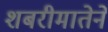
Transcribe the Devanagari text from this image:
शबरीमातेने